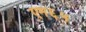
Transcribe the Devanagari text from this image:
एम६५